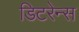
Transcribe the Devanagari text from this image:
डिटरेन्स